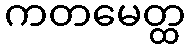
ကတမေတ္ထ